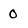
Character: o